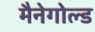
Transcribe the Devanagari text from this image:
मैनेगोल्ड